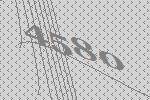
4580